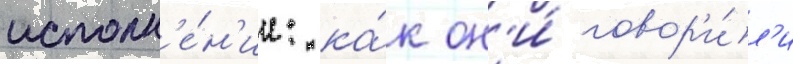
исполн'е́н'ии: ка́к он'и́ говор'и́л'и